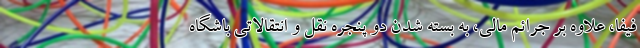
فیفا، علاوه بر جرائم مالی، به بسته شدن دو پنجره نقل و انتقالاتی باشگاه